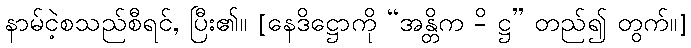
နာမ်ငဲ့စသည်စီရင်, ပြီး၏။ [နေဒိဋ္ဌောကို “အန္တိက -ိ ဋ္ဌ” တည်၍ တွက်။]